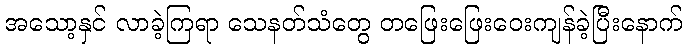
အသော့နှင် လာခဲ့ကြရာ သေနတ်သံတွေ တဖြေးဖြေးဝေးကျန်ခဲ့ပြီးနောက်